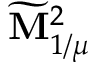
\widetilde { \mathbf { M } } _ { 1 / \mu } ^ { 2 }